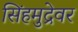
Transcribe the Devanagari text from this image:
सिंहमुद्रेवर